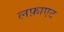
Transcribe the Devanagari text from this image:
लफ़ाएट